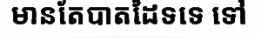
មានតែបាតដៃទទេ ទៅ